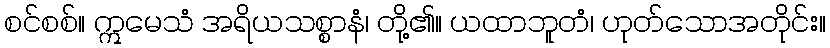
စင်စစ်။ ဣမေသံ အရိယသစ္စာနံ၊ တို့၏။ ယထာဘူတံ၊ ဟုတ်သောအတိုင်း။